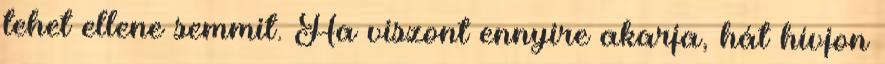
tehet ellene semmit. Ha viszont ennyire akarja, hát hívjon